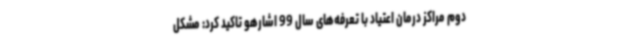
دوم مراکز درمان اعتیاد با تعرفه‌های سال 99 اشارهو تاکید کرد: مشکل